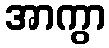
အာကွာ